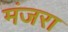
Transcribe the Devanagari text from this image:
मंजरा